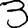
Digit: 3